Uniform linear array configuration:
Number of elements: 4
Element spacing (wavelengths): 0.25
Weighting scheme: cosine
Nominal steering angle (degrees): -60
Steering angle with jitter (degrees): -60.066
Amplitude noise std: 0.05
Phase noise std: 0.05

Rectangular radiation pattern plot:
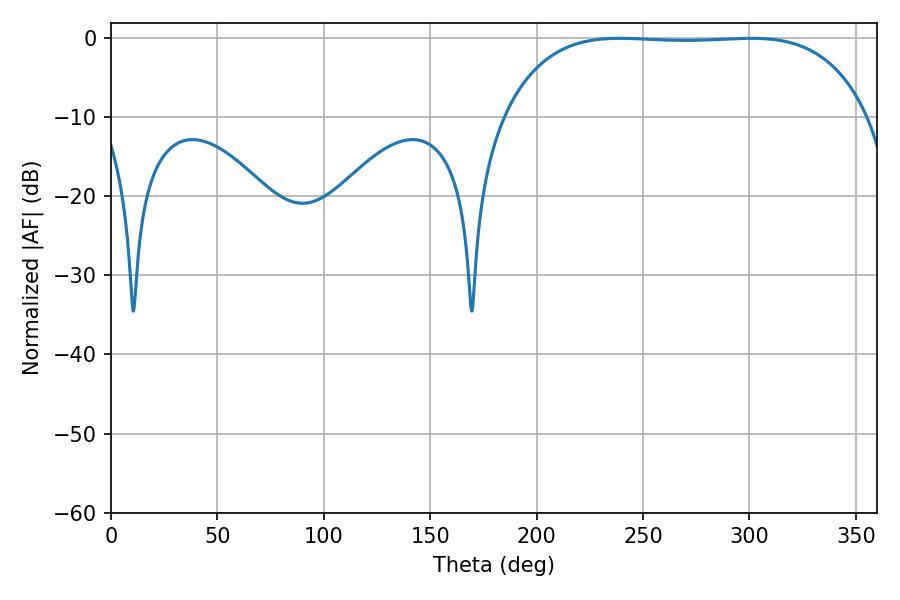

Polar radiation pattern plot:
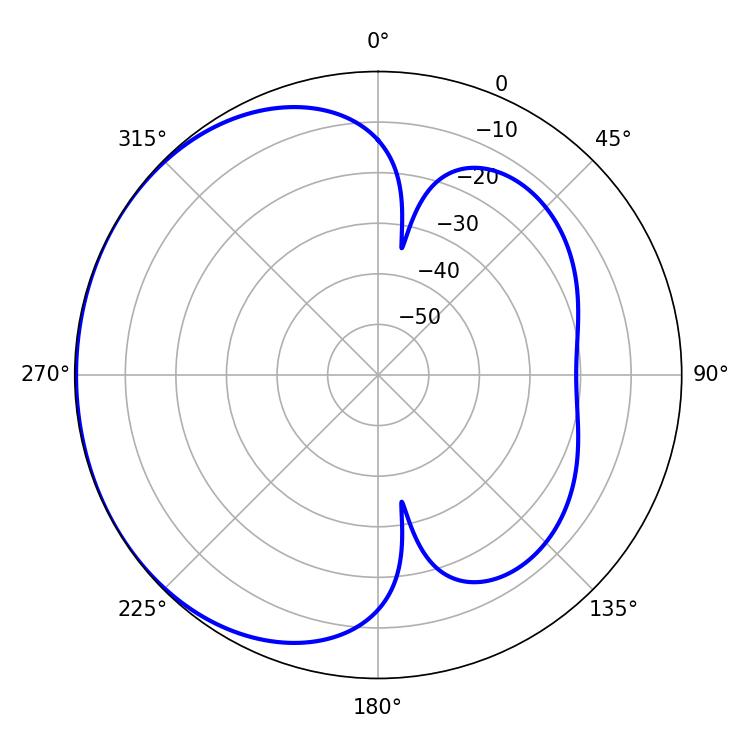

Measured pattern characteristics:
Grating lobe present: FALSE
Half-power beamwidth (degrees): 133.56
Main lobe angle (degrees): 239.22